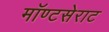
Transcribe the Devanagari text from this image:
मॉण्टसेराट